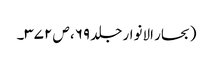
(بحار الانوار جلد ۶۹، ص ۳۷۲۔